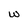
Character: w